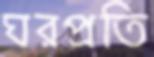
ঘরপ্রতি